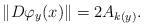
LaTeX: \begin{align*}\|D\varphi_{y}(x)\|=2A_{k(y)}.\end{align*}